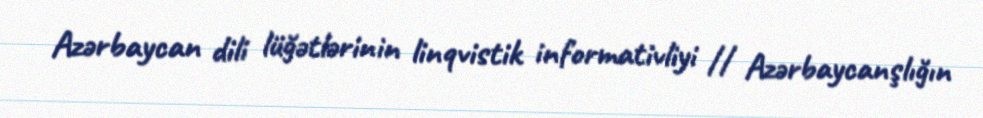
Azərbaycan dili lüğətlərinin linqvistik informativliyi // Azərbaycanşlığın